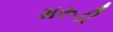
મરૂડી